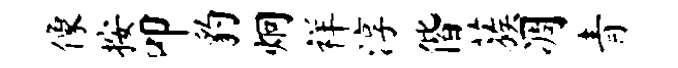
像按叩豹炯祥淳偕蔟凋青